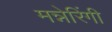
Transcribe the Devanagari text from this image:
मन्नेरिंगी